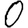
Digit: 0